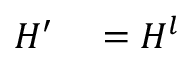
\begin{array} { r l } { H ^ { \prime } } & { { } = H ^ { l } } \end{array}